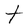
Character: t